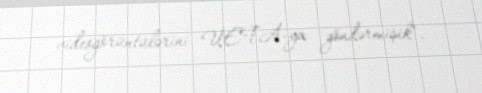
videogörüntülərini UEFA-ya göndərmişik".